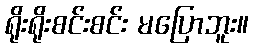
ရိုးရိုးစင်းစင်း မပြောဘူး။